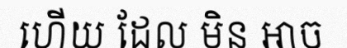
ហើយ ដែល មិន អាច